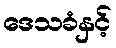
ဒေသခံနှင့်